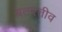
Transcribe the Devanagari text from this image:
बेतरतीव